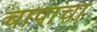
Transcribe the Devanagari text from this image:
चापाचा